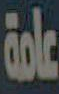
عامة